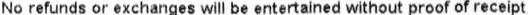
NO REFUNDS OR EXCHANGES WILL BE ENTERTAINED WITHOUT PROOF OF RECEIPT.